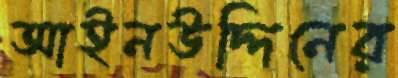
আইনউদ্দিনের